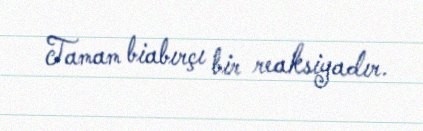
Tamam biabırçı bir reaksiyadır.